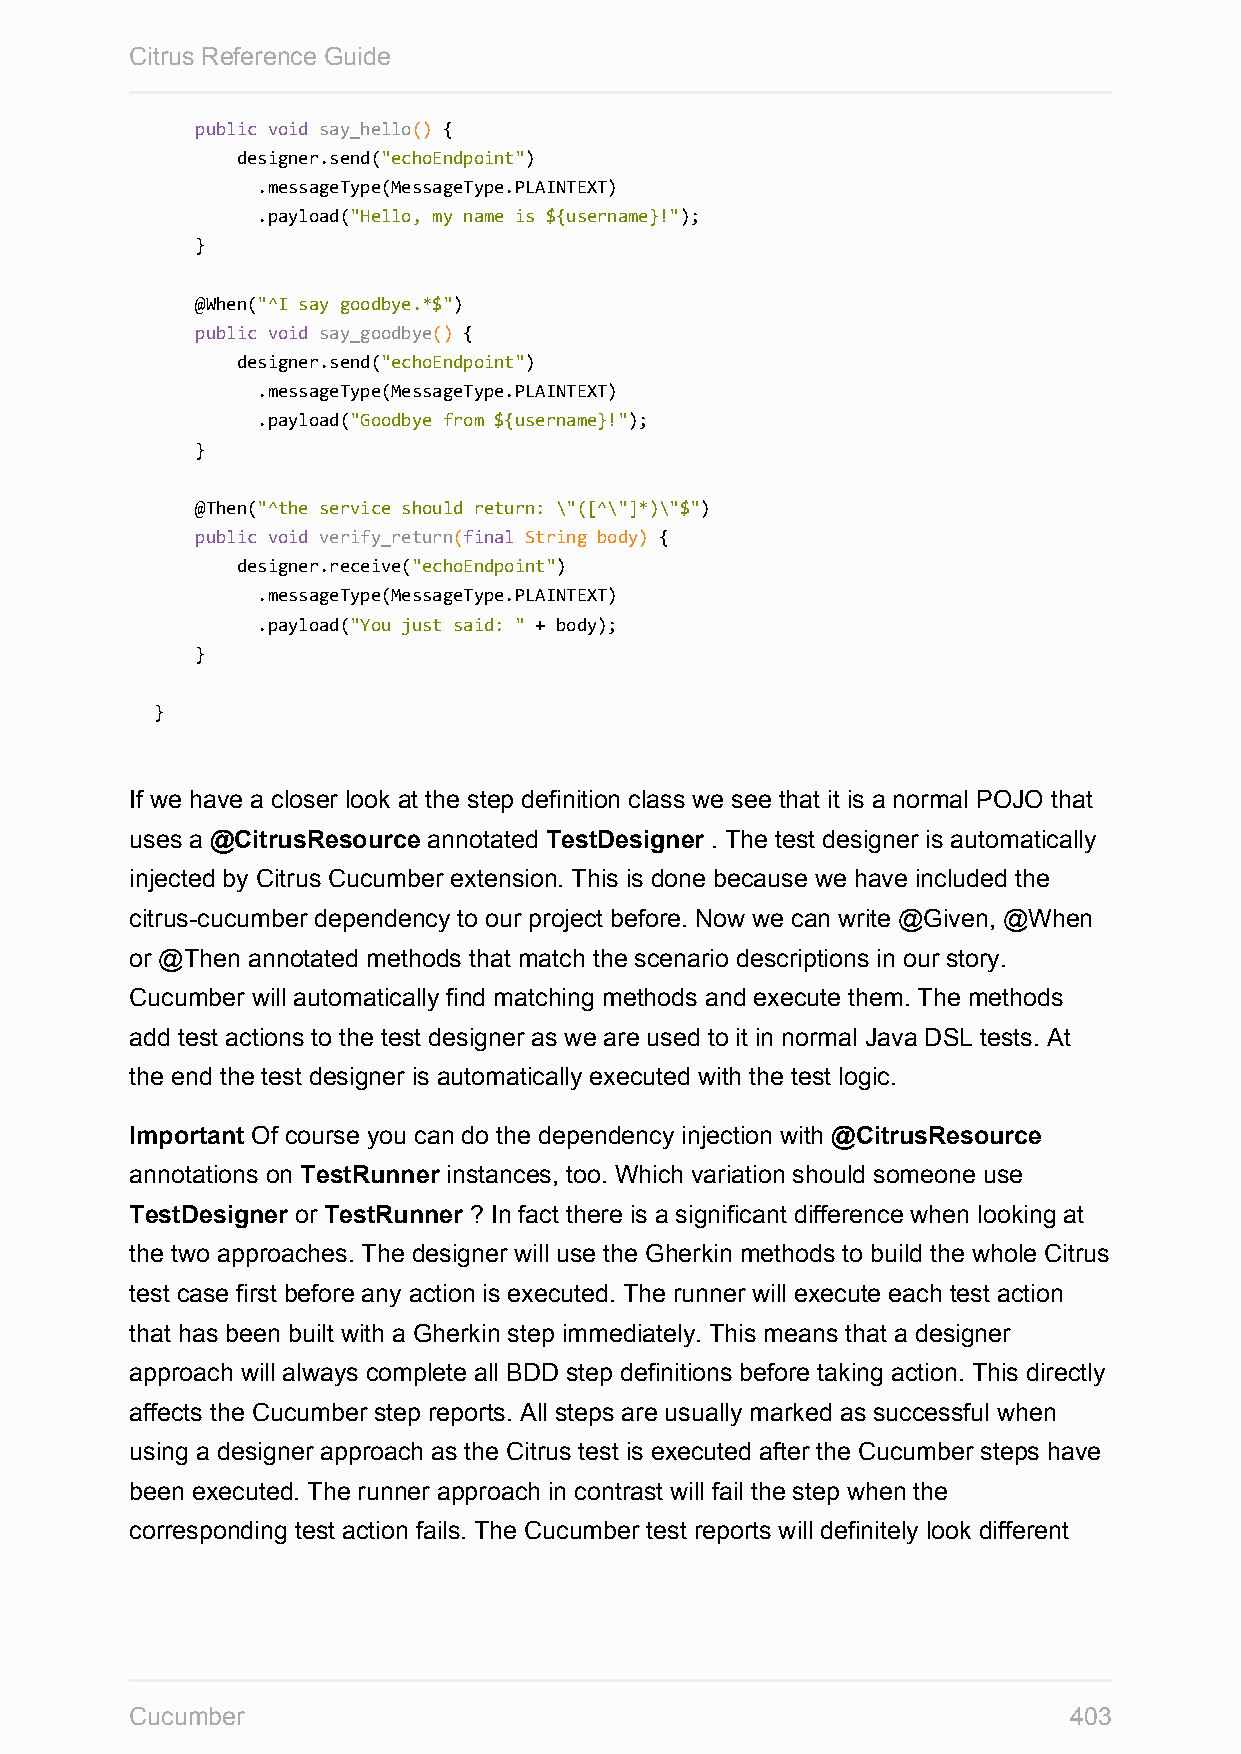
Citrus Reference Guide
 public void say_hello() {
 designer.send("echoEndpoint")
 .messageType(MessageType.PLAINTEXT)
 .payload("Hello, my name is ${username}!");
 }
 @When("^I say goodbye.*$")
 public void say_goodbye() {
 designer.send("echoEndpoint")
 .messageType(MessageType.PLAINTEXT)
 .payload("Goodbye from ${username}!");
 }
 @Then("^the service should return: \"([^\"]*)\"$")
 public void verify_return(final String body) {
 designer.receive("echoEndpoint")
 .messageType(MessageType.PLAINTEXT)
 .payload("You just said: " + body);
 }
 }
 If we have a closer look at the step definition class we see that it is a normal POJO that
 uses a @CitrusResource annotated TestDesigner . The test designer is automatically
 injected by Citrus Cucumber extension. This is done because we have included the
 citrus-cucumber dependency to our project before. Now we can write @Given, @When
 or @Then annotated methods that match the scenario descriptions in our story.
 Cucumber will automatically find matching methods and execute them. The methods
 add test actions to the test designer as we are used to it in normal Java DSL tests. At
 the end the test designer is automatically executed with the test logic.
 Important Of course you can do the dependency injection with @CitrusResource
 annotations on TestRunner instances, too. Which variation should someone use
 TestDesigner or TestRunner ? In fact there is a significant difference when looking at
 the two approaches. The designer will use the Gherkin methods to build the whole Citrus
 test case first before any action is executed. The runner will execute each test action
 that has been built with a Gherkin step immediately. This means that a designer
 approach will always complete all BDD step definitions before taking action. This directly
 affects the Cucumber step reports. All steps are usually marked as successful when
 using a designer approach as the Citrus test is executed after the Cucumber steps have
 been executed. The runner approach in contrast will fail the step when the
 corresponding test action fails. The Cucumber test reports will definitely look different
 Cucumber                                                      403